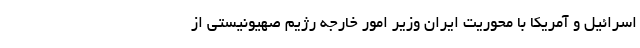
اسرائیل و آمریکا با محوریت ایران وزیر امور خارجه رژیم صهیونیستی از